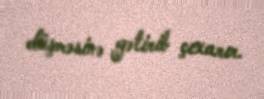
düşməsinə gətirib çıxarır.